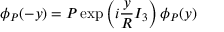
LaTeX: \phi _ { P } ( - y ) = P \exp \left( i \frac { y } { R } I _ { 3 } \right) \phi _ { P } ( y )